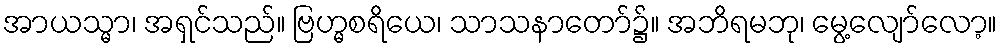
အာယသ္မာ၊ အရှင်သည်။ ဗြဟ္မစရိယေ၊ သာသနာတော်၌။ အဘိရမဘု၊ မွေ့လျော်လော့။